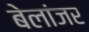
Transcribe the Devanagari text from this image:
बेलांजर